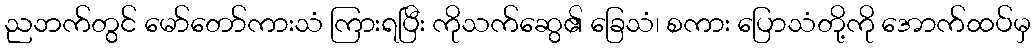
ညဘက်တွင် မော်တော်ကားသံ ကြားရပြီး ကိုသက်ဆွေ၏ ခြေသံ၊ စကား ပြောသံတို့ကို အောက်ထပ်မှ